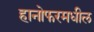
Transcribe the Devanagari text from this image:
हानोफरमधील